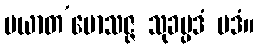
ပယာတ’မောသဇ္ဇ သုခပ္ပဒံ ပဒံ။